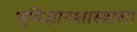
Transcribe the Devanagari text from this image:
भूविज्ञानशास्त्राला